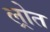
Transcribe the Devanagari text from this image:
ल्रोत